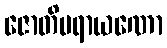
ဇောတိပရာယဏော